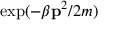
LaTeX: \exp ( - \beta \mathbf { p } ^ { 2 } / 2 m )